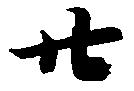
廿